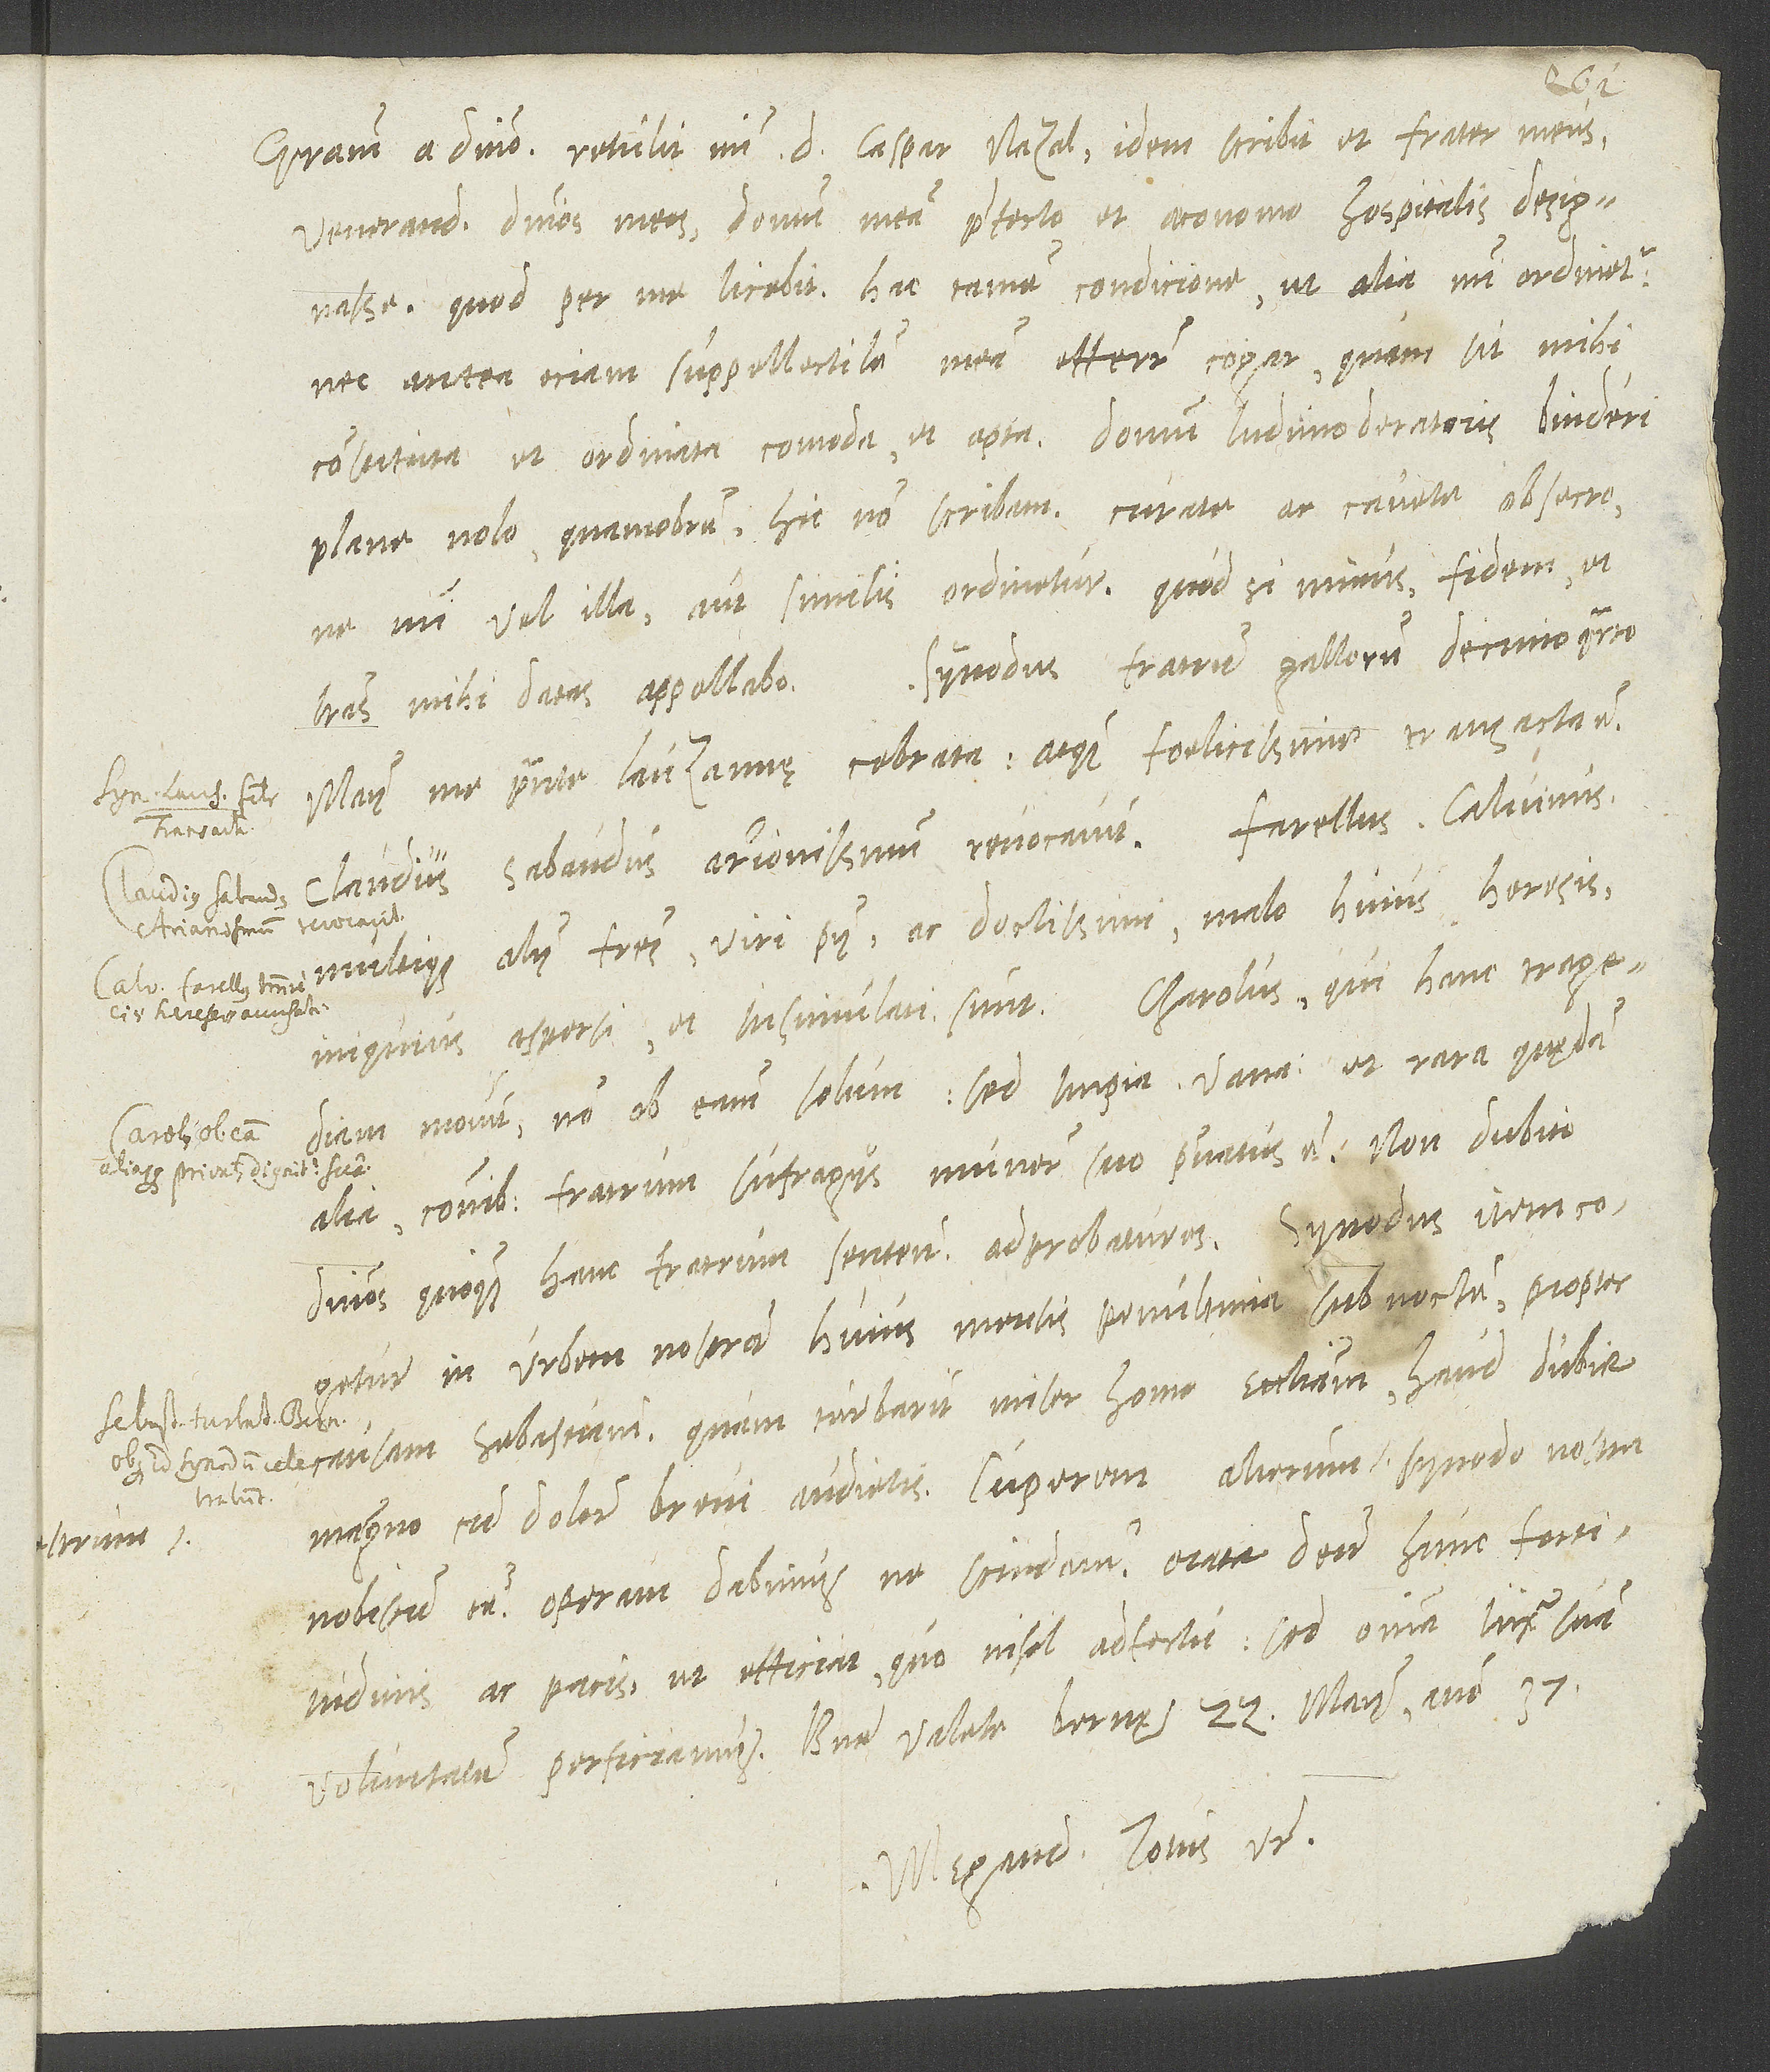
Gratiam a domino. Retulit mihi d. Caspar Nazal, idem scribit et frater meus,
venerandos dominos meos domum meam praefecto et oeconomo hospitalis designasse.
Quod per me licebit, hac tamen condicione, ut alia mihi ordinetur
nec antea eciam suppellectilem meam efferre cogar, quam sit mihi
constituta et ordinata comoda et apta. Domum ludimoderatoris Binderi
plane nolo; quamobrem, hic non scribam. Curate ac cavete, obsecro,
ne mihi vel illa aut similis ordinetur; quod si minus, fidem et
Synodus fratrum Gallorum decimo quarto
literas mihi datas appellabo.
maii me praesente Lauzannae celebrata atque foelicissime transacta est.
Claudius Sabaudus Arrionissmum revocavit. Farellus, Calvinus
multique alii fratres, viri pii ac doctissimi, malo huius heresis
iniquius aspersi et insimulati sunt. Charolus, qui hanc tragediam
movit, non ob eam solum, sed impia, vana et rara quędam
alia communibus fratrum sufragiis munere suo privatus est. Non dubito
dominos quoque hanc fratrum sententiam adprobaturos. Synodus item cogetur
in urbem nostram huius mensis penultima sub noctem propter
causam Sebastiani. Quam turbarit miser homo ecclesiam, haud dubie
magno cum dolore brevi audietis. Cuperem alterum vestrum synodo nostra
nobiscum esse. Operam dabimus, ne scindamur. Orate deum hunc fortitudinis
voluntatem perficiamus. Bene valete. Bernę, 22. maii anno 37.
Megand. totus vester.